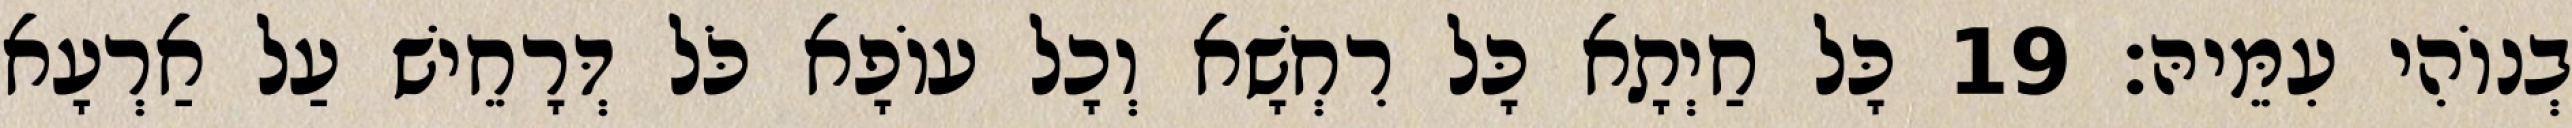
בְנוֹהִי עִמֵּיהּ׃ 19 כָּל חַיְתָא כָּל רִחְשָׁא וְכָל עוֹפָא כֹּל דְּרָחֵישׁ עַל אַרְעָא